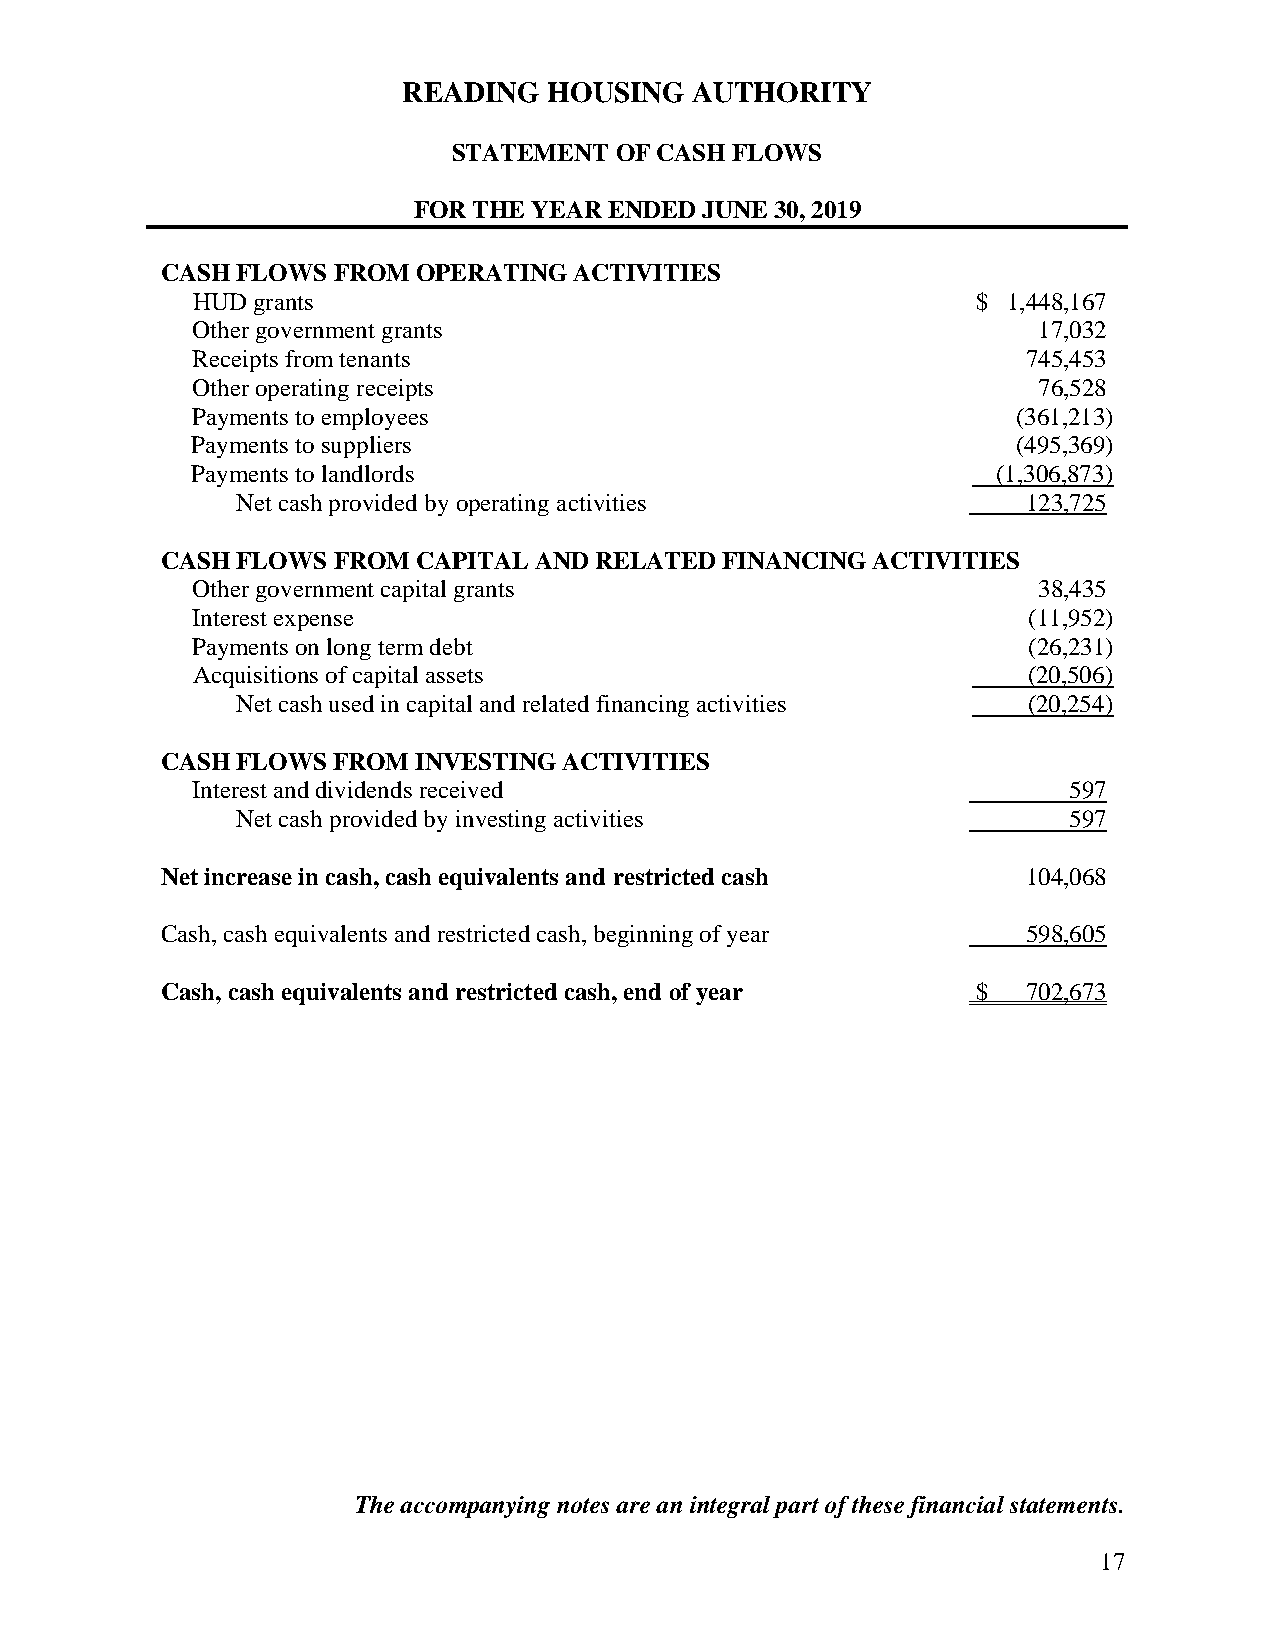
READING  HOUSING   AUTHORITY
 STATEMENT  OF CASH FLOWS
 FOR THE YEAR ENDED  JUNE 30, 2019
 CASH FLOWS FROM  OPERATING ACTIVITIES
 HUD grants                                          $ 1,448,167
 Other government grants                                 17,032
 Receipts from tenants                                  745,453
 Other operating receipts                                76,528
 Payments to employees                                 (361,213)
 Payments to suppliers                                 (495,369)
 Payments to landlords                                (1,306,873)
 Net cash provided by operating activities           123,725
 CASH FLOWS FROM  CAPITAL AND RELATED FINANCING ACTIVITIES
 Other government capital grants                         38,435
 Interest expense                                       (11,952)
 Payments on long term debt                             (26,231)
 Acquisitions of capital assets                         (20,506)
 Net cash used in capital and related financing activities (20,254)
 CASH FLOWS FROM  INVESTING ACTIVITIES
 Interest and dividends received                           597
 Net cash provided by investing activities              597
 Net increase in cash, cash equivalents and restricted cash 104,068
 Cash, cash equivalents and restricted cash, beginning of year 598,605
 Cash, cash equivalents and restricted cash, end of year $ 702,673
 The accompanying notes are an integral part of these financial statements.
 17